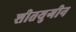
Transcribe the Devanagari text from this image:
शीतयुगीन